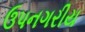
ઉપનગરીય